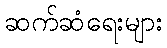
ဆက်ဆံရေးများ